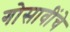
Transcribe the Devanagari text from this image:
गोसावींचे